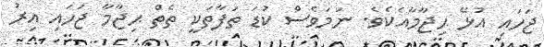
ޖަހައި އުޅޭ ޙިޖާމާއެކެވެ. ނަމަވެސް ކުޑަ ތަފާތަކީ ތެތް ޙިޖާމާ ޖަހައި އިރު